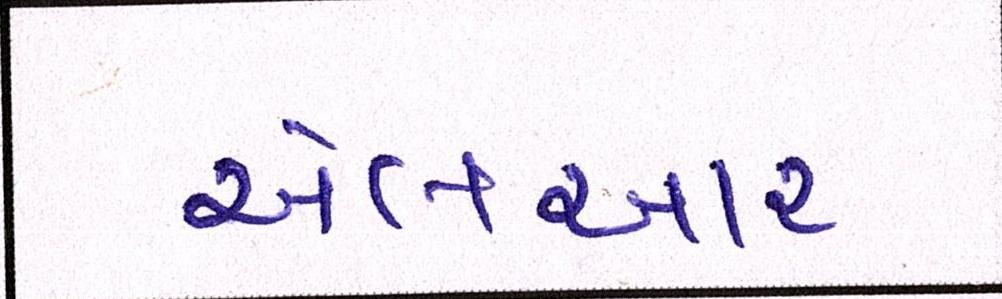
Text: એલઆર